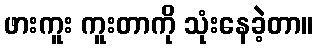
ဖားကူး ကူးတာကို သုံးနေခဲ့တာ။